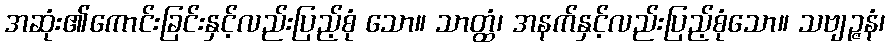
အဆုံး၏ကောင်းခြင်းနှင့်လည်းပြည့်စုံ သော။ သာတ္ထံ၊ အနက်နှင့်လည်းပြည့်စုံသော။ သဗျဉ္ဇနံ၊